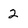
Character: 2